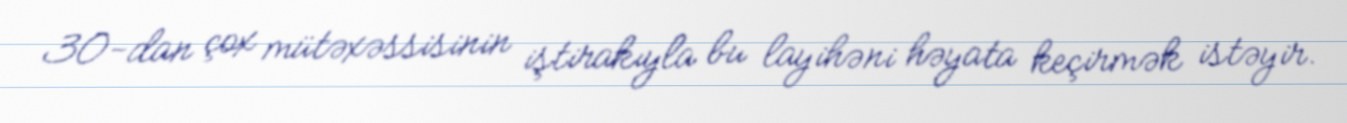
30-dan çox mütəxəssisinin iştirakıyla bu layihəni həyata keçirmək istəyir.